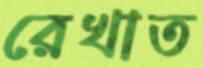
রেখাত